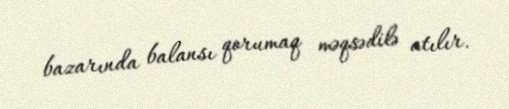
bazarında balansı qorumaq məqsədilə atılır.